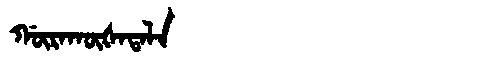
Manchu: ᡤᡡᡵᠠᡴᡡᡧᠠᡨᠠᠯᠠ
Romanization: GŪRAKŪŠATALA